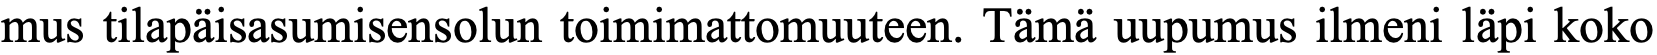
mus tilapäisasumisensolun toimimattomuuteen. Tämä uupumus ilmeni läpi koko